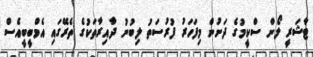
ޓާޝަރީ ލޯން ސްކީމުގެ ދަށުން މިފަހަރު ފުރުސަތު ލިބުނު ދާއިރާތަކުގެ ތެރޭގައި އެމްބީބީއެސް